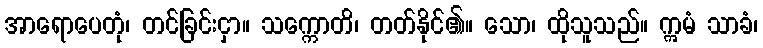
အာရောပေတုံ၊ တင်ခြင်းငှာ။ သက္ကောတိ၊ တတ်နိုင်၏။ သော၊ ထိုသူသည်။ ဣမံ သာခံ၊